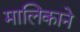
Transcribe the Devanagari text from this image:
मालिकाने